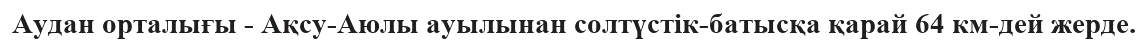
Аудан орталығы - Ақсу-Аюлы ауылынан солтүстік-батысқа қарай 64 км-дей жерде.